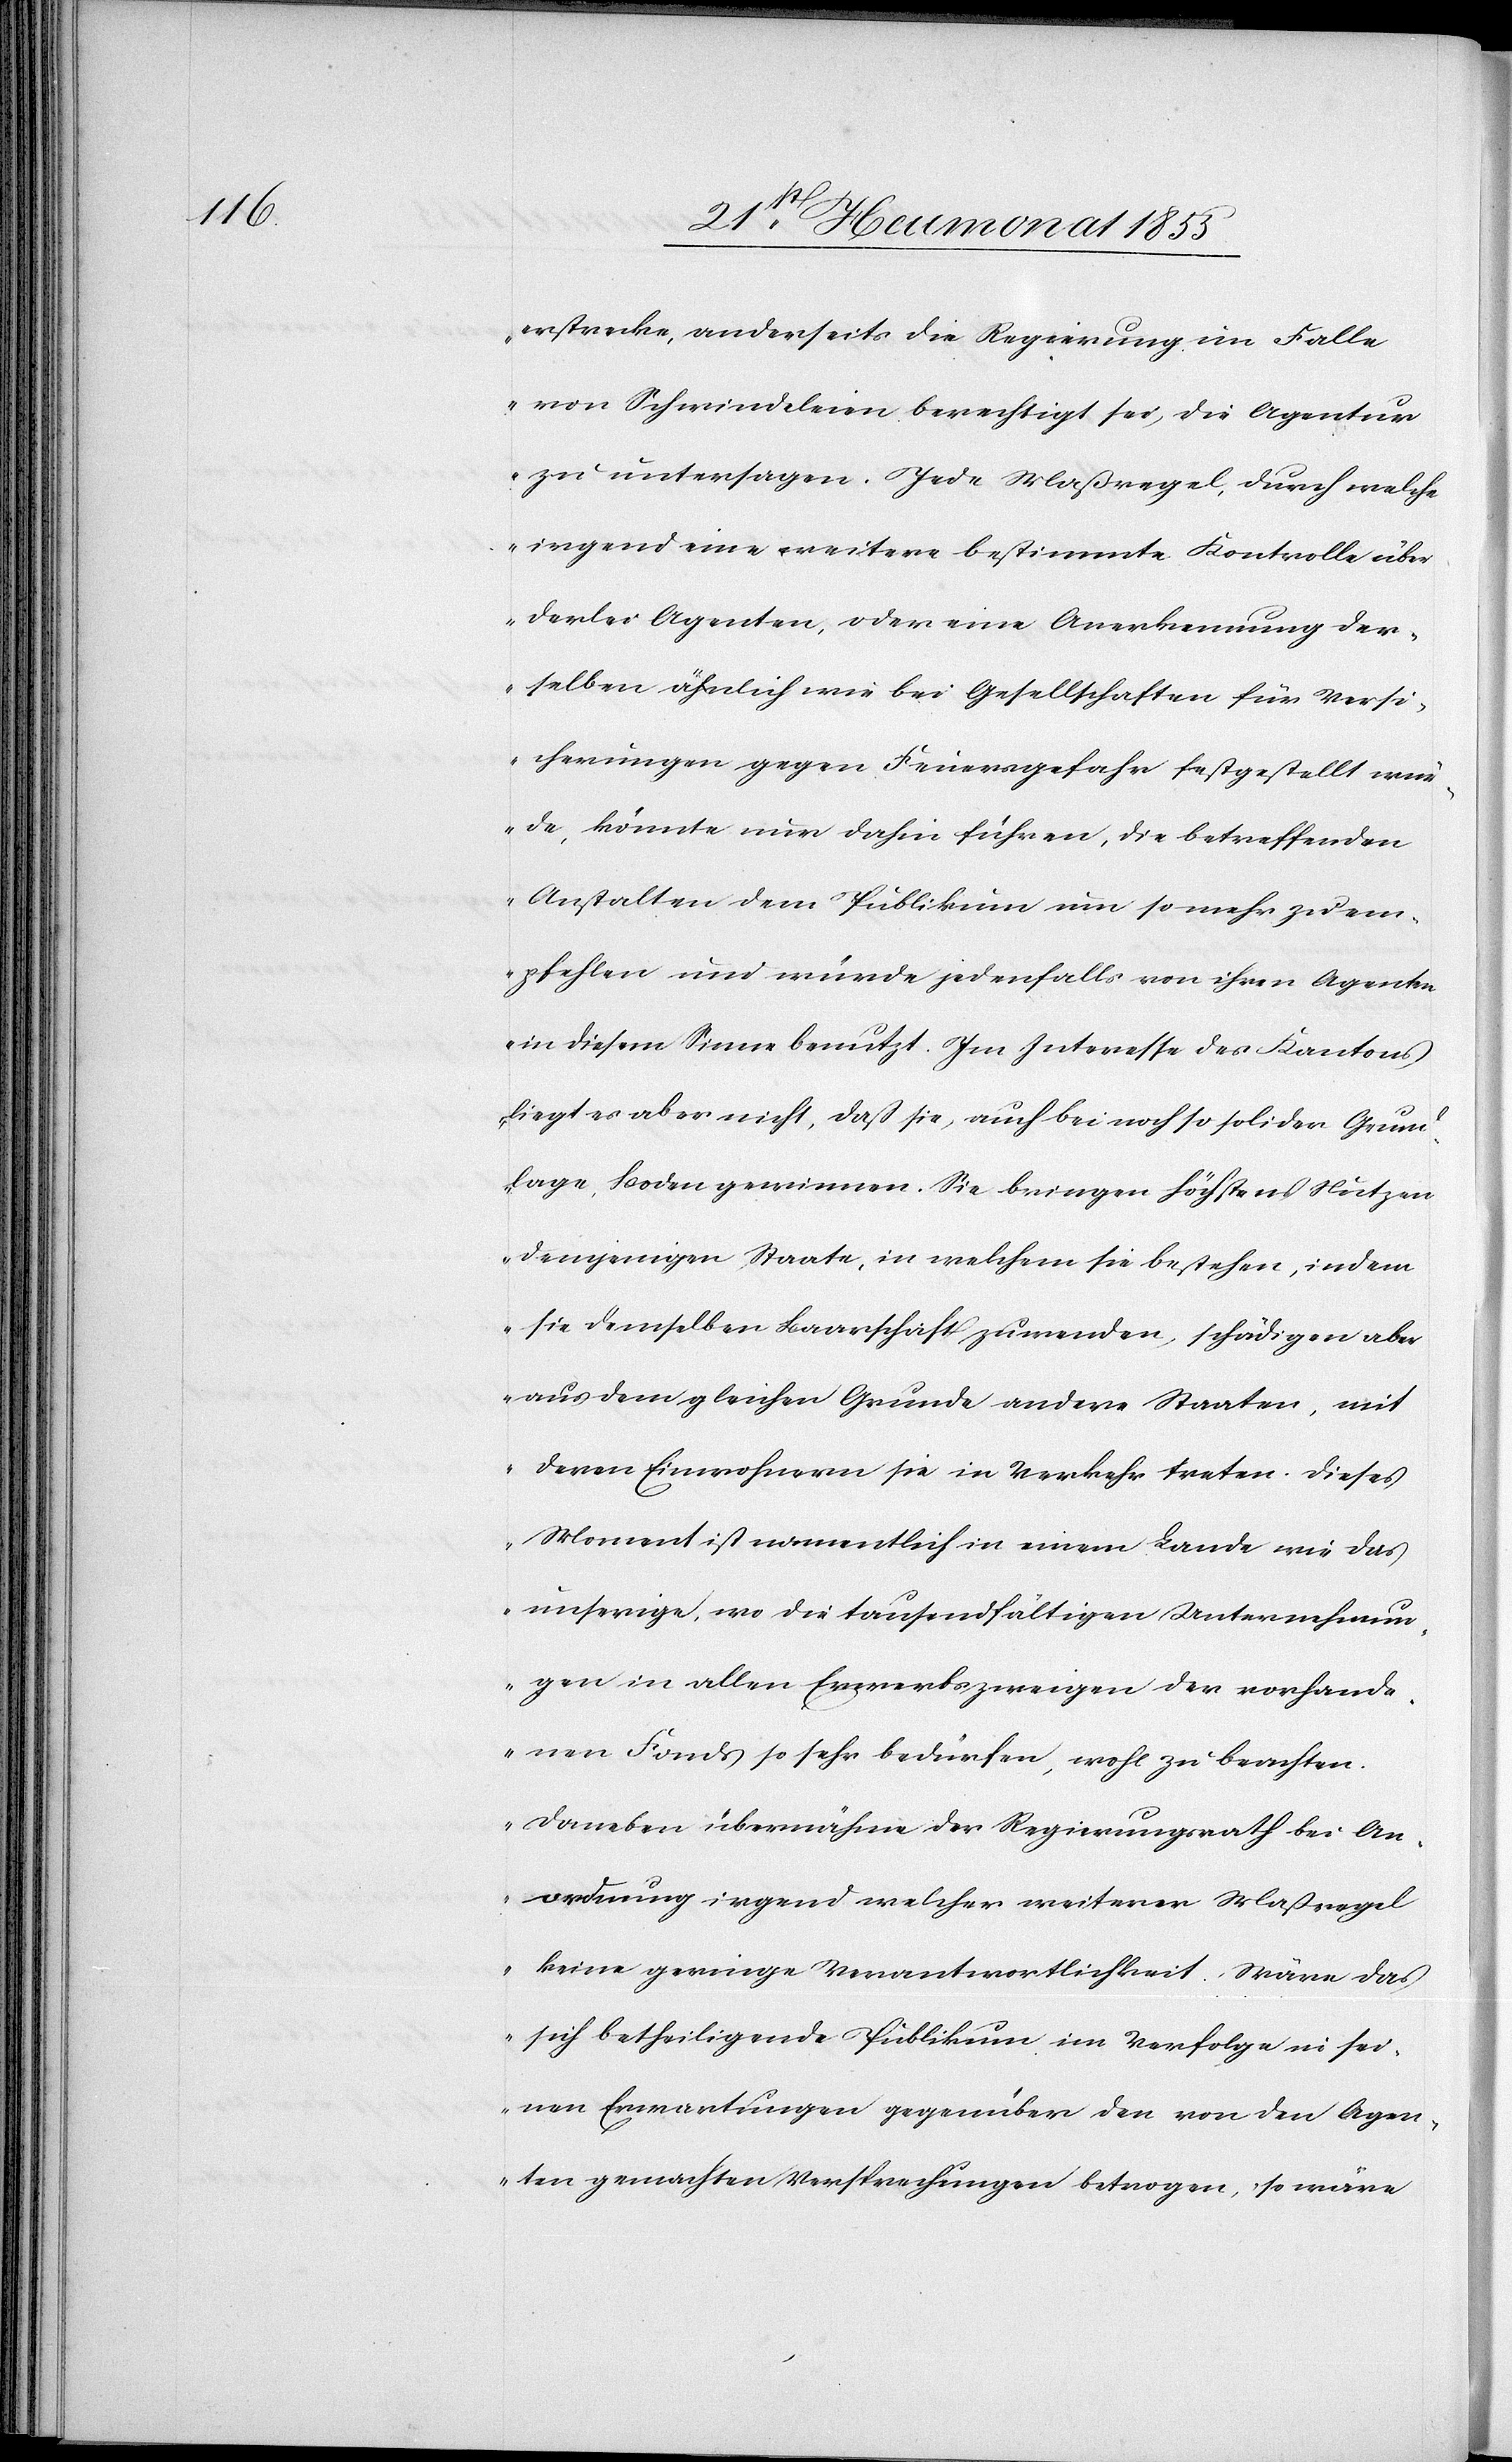
erstrecke, anderseits die Regierung im Falle
von Schwindeleien berechtigt sei, die Agentur
zu untersagen. Jede Maßregel, durch welche
irgend eine weitere bestimmte Kontrolle über
derlei Agenten, oder eine Anerkennung der¬
selben ähnlich wie bei Gesellschaften für Versi¬
cherungen gegen Feuersgefahr festgestellt wur¬
de, könnte nur dahin führen, die betreffenden
Anstalten dem Publikum um so mehr zu em¬
pfehlen und würde jedenfalls von ihren Agenten
in diesem Sinne benutzt. Im Interesse des Kantons
liegt es aber nicht, daß sie, auch bei noch so solider Grund¬
lage, Boden gewinnen. Sie bringen höchstens Nutzen
demjenigen Staate, in welchem sie bestehen, indem
sie demselben Baarschaft zuwenden, schädigen aber
aus dem gleichen Grunde andere Staaten, mit
deren Einwohnern sie in Verkehr treten. Dieses
Moment ist namentlich in einem Lande wie das
unserige, wo die tausendfältigen Unternehmun¬
gen in allen Erwerbszweigen der vorhande¬
nen Fonds so sehr bedürfen, wohl zu beachten.
Daneben übernähme der Regierungsrath bei An¬
ordnung irgend welcher weiterer Maßregel
keine geringe Verantwortlichkeit. Wäre das
sich betheiligende Publikum im Verfolge in sei¬
nen Erwartungen gegenüber den von den Agen¬
ten gemachten Versprechungen betrogen, so wäre